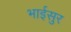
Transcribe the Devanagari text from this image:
भाईसुर